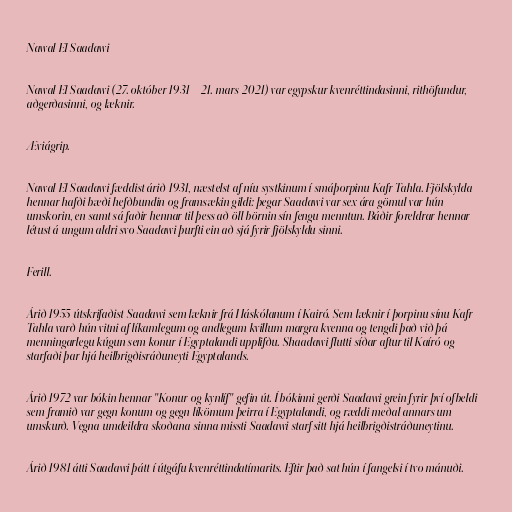
Nawal El Saadawi

Nawal El Saadawi (27. október 1931 – 21. mars 2021) var egypskur kvenréttindasinni, rithöfundur,
aðgerðasinni, og læknir.

Æviágrip.

Nawal El Saadawi fæddist árið 1931, næstelst af níu systkinum í smáþorpinu Kafr Tahla. Fjölskylda
hennar hafði bæði hefðbundin og framsækin gildi: þegar Saadawi var sex ára gömul var hún
umskorin, en samt sá faðir hennar til þess að öll börnin sín fengu menntun. Báðir foreldrar hennar
létust á ungum aldri svo Saadawi þurfti ein að sjá fyrir fjölskyldu sinni.

Ferill.

Árið 1955 útskrifaðist Saadawi sem læknir frá Háskólanum í Kairó. Sem læknir í þorpinu sínu Kafr
Tahla varð hún vitni af líkamlegum og andlegum kvillum margra kvenna og tengdi það við þá
menningarlegu kúgun sem konur í Egyptalandi upplifðu. Shaadawi flutti síðar aftur til Kaíró og
starfaði þar hjá heilbrigðisráðuneyti Egyptalands.

Árið 1972 var bókin hennar "Konur og kynlíf" gefin út. Í bókinni gerði Saadawi grein fyrir því ofbeldi
sem framið var gegn konum og gegn líkömum þeirra í Egyptalandi, og ræddi meðal annars um
umskurð. Vegna umdeildra skoðana sinna missti Saadawi starf sitt hjá heilbrigðistráðuneytinu.

Árið 1981 átti Saadawi þátt í útgáfu kvenréttindatímarits. Eftir það sat hún í fangelsi í tvo mánuði.